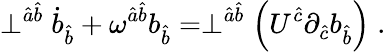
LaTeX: \perp^{\hat{a}\hat{b}}\dot{b}_{\hat{b}}+{\omega}^{\hat{a}\hat{b}}b_{\hat{b}}=\perp^{\hat{a}\hat{b}}\left(U^{\hat{c}}\partial_{\hat{c}}b_{\hat{b}}\right)\; .